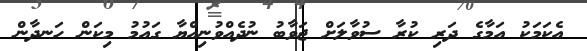
އެކަމަކު އަމާގެ ދަރި ކުރާ ސުވާލަށް ޖަވާބު ނުދެއްވުނިއްޔާ ގައުމު މިކަން ހަނދާން